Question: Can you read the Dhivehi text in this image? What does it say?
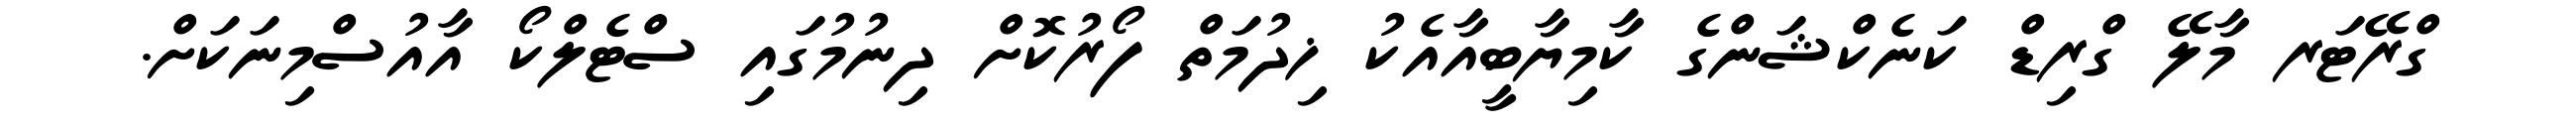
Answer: ގްރޭޓަރ މާލޭ ގްރިޑް ކަނެކްޝަންގެ ކާމިޔާބީއާއެކު ޚިދުމަތް ފޯރުކޮށް ދިނުމުގައި ސްޓެލްކޯ އާއުސްމިނަކަށް.